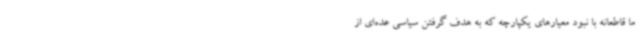
ما قاطعانه با نبود معیارهای یکپارچه که به هدف گرفتن سیاسی عده‌ای از